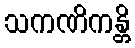
သကဏိကန္တိ